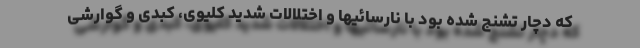
که دچار تشنج شده بود با نارسائیها و اختلالات شدید کلیوی، کبدی و گوارشی